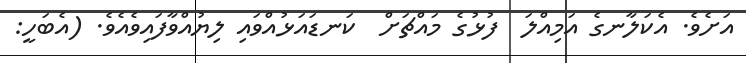
އަށެވެ. އެކަލާނގެ އަމިއްލަ  ފުޅުގެ މައްޗަށް  ކަނޑައަޅުއްވައި ލިޔުއްވާފައިވެއެވެ. (އެބަހީ: